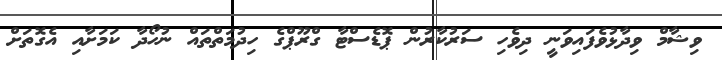
ވިޝާމް ވިދާޅުވެފައިވަނީ ދިވެހި ސަރުކާރުން ޕޮޑެސްޓާ ގްރޫޕްގެ ހިދުމަތްތައް ނުހޯދާ ކަމަށާއި އެގޮތަށް